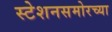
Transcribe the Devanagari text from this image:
स्टेशनसमोरच्या